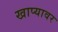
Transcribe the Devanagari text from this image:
खाप्यावर